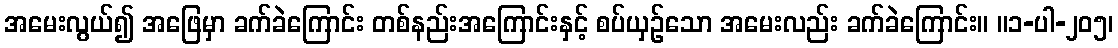
အမေးလွယ်၍ အဖြေမှာ ခက်ခဲကြောင်း တစ်နည်းအကြောင်းနှင့် စပ်ယှဉ်သော အမေးလည်း ခက်ခဲကြောင်း။ ။၁-ပါ-၂၀၅၊